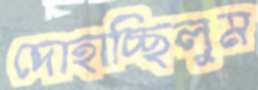
দোহাচ্ছিলুম